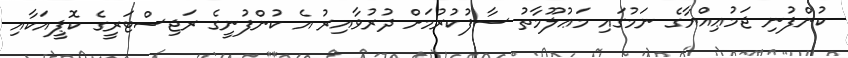
ކުންފުނި ޖަމުޢިއްޔާގެ ނަމުގައި މަޢުލޫމާތު ސާފުކުރުމަށް ދުރުވާއިރު އެ ކުންފުނީގެ ރަޖިސްޓަރީގެ ކޮޕީއަކާއި